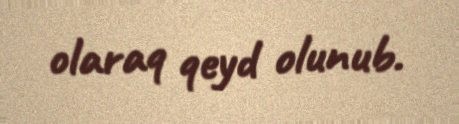
olaraq qeyd olunub.